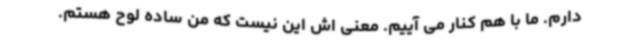
دارم. ما با هم کنار می آییم. معنی اش این نیست که من ساده لوح هستم.